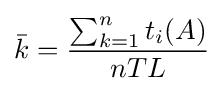
{\bar {k}}={\frac {\sum _{k=1}^{n}t_{i}(A)}{nTL}}